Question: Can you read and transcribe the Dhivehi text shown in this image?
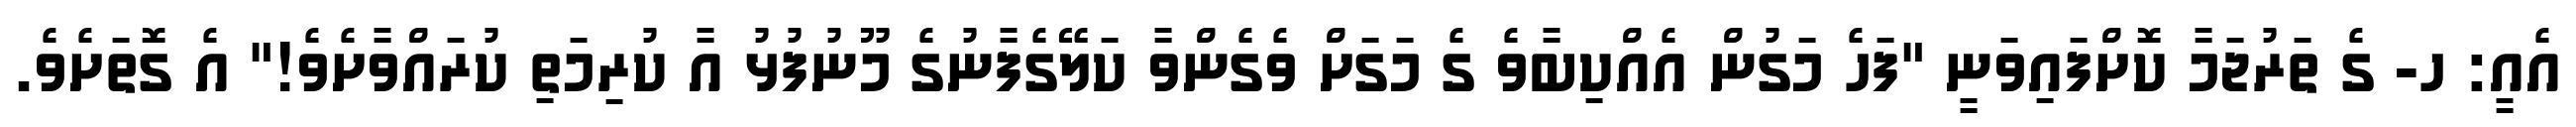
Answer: އެއީ: ހ- ގެ ތަރުޖަމާ ކޮށްފައިވަނީ "ފަހެ މަގުން އެއްކިބާވެ ގެ މަގަށް ވެގެންވާ ކަލޭގެފާނުގެ މޫނުފުޅު އާ ކުރިމަތި ކުރައްވާށެވެ!" އެ ގޮތަށެވެ.